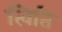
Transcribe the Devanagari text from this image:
त्विति